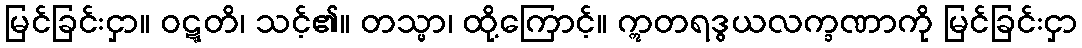
မြင်ခြင်းငှာ။ ဝဋ္ဋတိ၊ သင့်၏။ တသ္မာ၊ ထို့ကြောင့်။ ဣတရဒွယလက္ခဏာကို မြင်ခြင်းငှာ